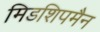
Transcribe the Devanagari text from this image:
मिडशिपमैन